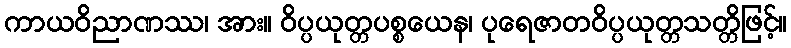
ကာယဝိညာဏဿ၊ အား။ ဝိပ္ပယုတ္တပစ္စယေန၊ ပုရေဇာတဝိပ္ပယုတ္တသတ္တိဖြင့်။